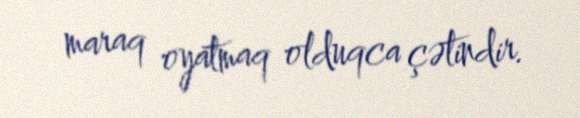
maraq oyatmaq olduqca çətindir.